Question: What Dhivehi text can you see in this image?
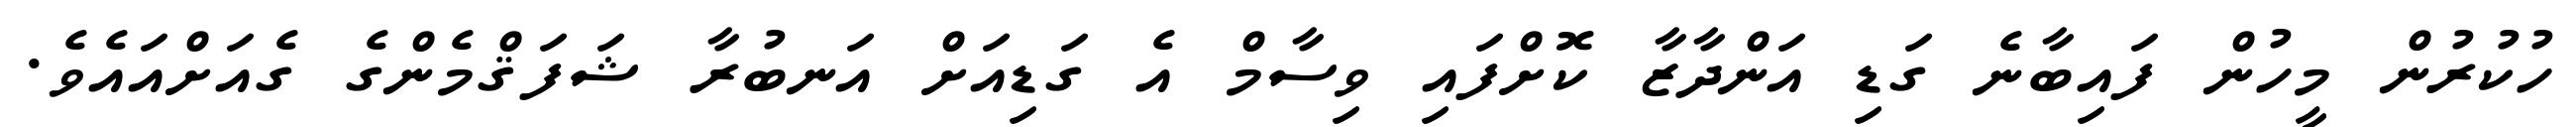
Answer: ހުކުރުން މީހުން ފައިބާނެ ގަޑި އަންދާޒާ ކޮށްފައި ވިސާމް އެ ގަޑިއަށް އަނބުރާ ޝަފަޤްމެންގެ ގެއަށްއައެވެ.